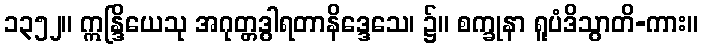
၁၃၅၂။ ဣန္ဒြိယေသု အဂုတ္တဒွါရတာနိဒ္ဒေသေ၊ ၌။ စက္ခုနာ ရူပံဒိသွာတိ-ကား။